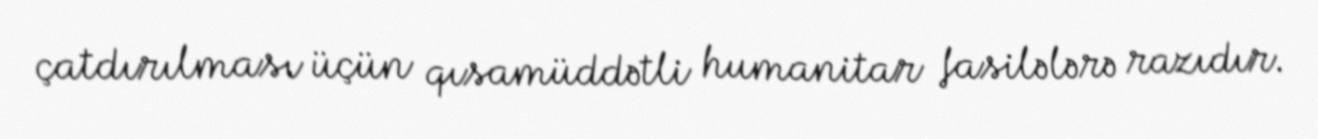
çatdırılması üçün qısamüddətli humanitar fasilələrə razıdır.